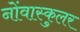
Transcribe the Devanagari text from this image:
नोंवास्कुलर